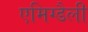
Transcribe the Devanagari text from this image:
एमिग्डैली